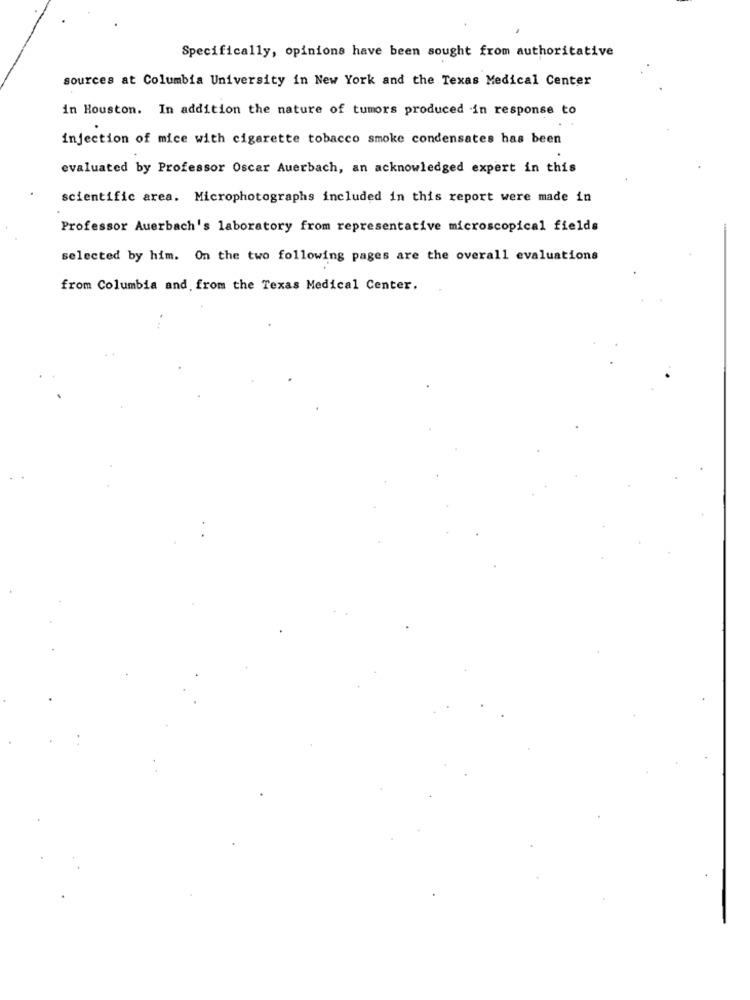
Specifically, opinions have been sought from authoritative
sources at Columbia University in New York and the Texas Medical Center
in Houston. In addition the nature of tumors produced in response to
injection of mice with cigarette tobacco smoke condensates has been
evaluated by Professor Oscar Auerbach, an acknowledged expert in this
scientific area. Microphotographs included in this report were made in
Professor Auerbach's laboratory from representative microscopical fields
selected by him. On the two following pages are the overall evaluations
from Columbia and from the Texas Medical Center.